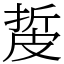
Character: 㿱